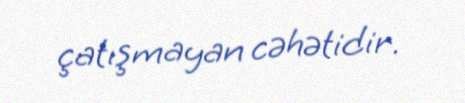
çatışmayan cəhətidir.